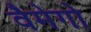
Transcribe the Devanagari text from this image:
वैमेगो